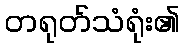
တရုတ်သံရုံး၏